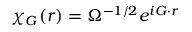
\chi _ { \boldsymbol { G } } ( \boldsymbol { r } ) = \Omega ^ { - 1 / 2 } e ^ { i \boldsymbol { G } \cdot \boldsymbol { r } }